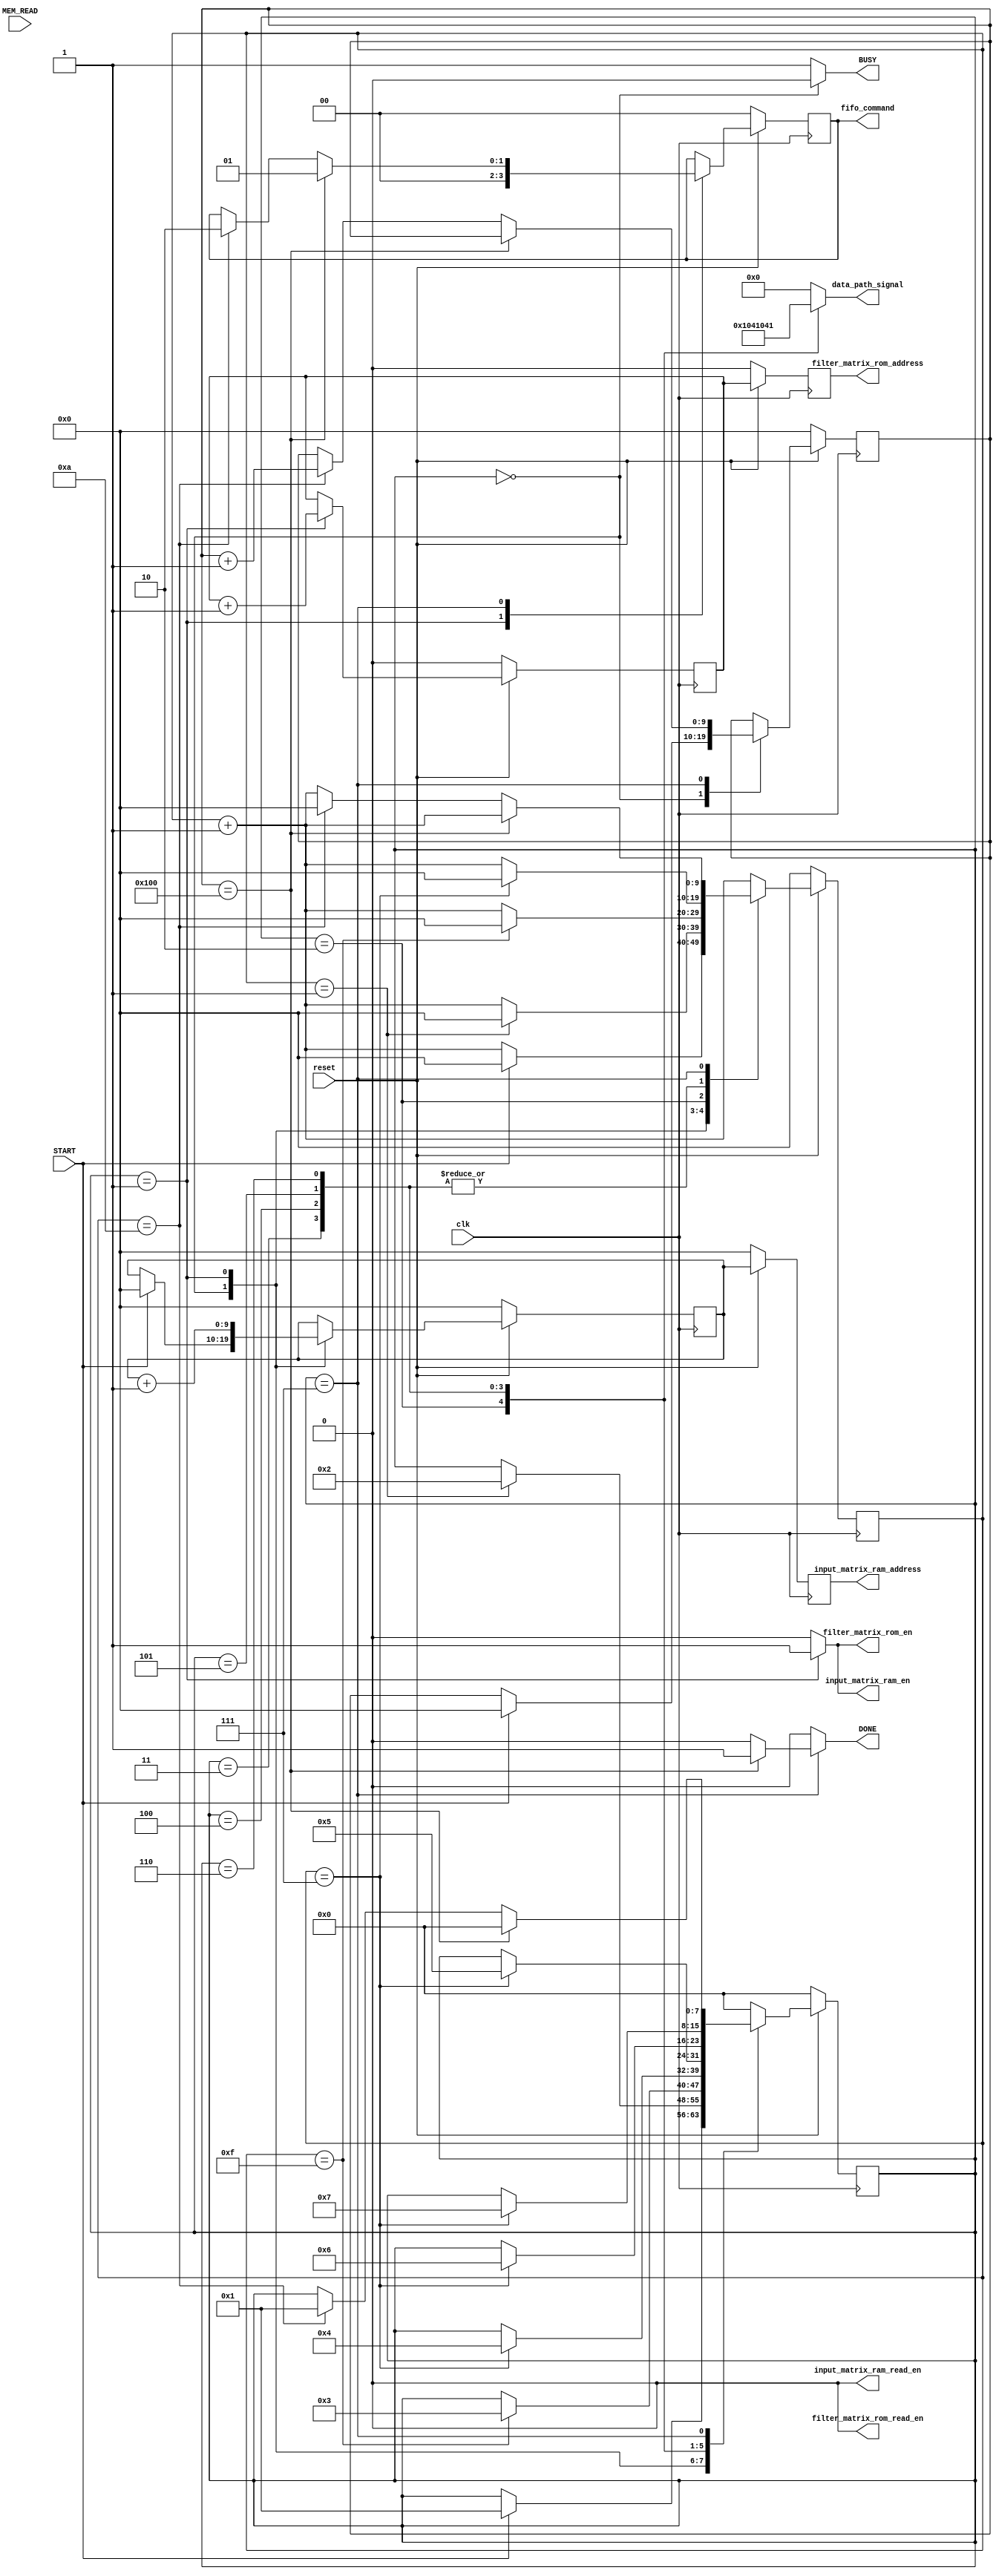
`timescale 1ns / 1ps
//////////////////////////////////////////////////////////////////////////////////
// Module Name: controller
/*  
Signal brief:
    Inputs : START  // comes from external pin - manual or microcontroller
            
             
    Output : status signals
                BUSY :: HIGH: : Indicates accelerator is busy 
                                No new computation must be allowed unless BUSY signal is deasserted.
            control signals:
                
        */

module controller(  
                    clk,
                    reset,  // ACTIVE LOW reset
                    START,
                    MEM_READ,         
                    BUSY,
                    DONE,
                    input_matrix_ram_en,
                    input_matrix_ram_read_en,
                    input_matrix_ram_address,
                    filter_matrix_rom_en,
                    filter_matrix_rom_read_en,
                    filter_matrix_rom_address,
                    data_path_signal,
                    fifo_command                             
    );
    
/// Port directions

input clk;
input reset;
input START;      
input MEM_READ;   
output reg BUSY;
output reg DONE;
output reg input_matrix_ram_en;
output reg input_matrix_ram_read_en;
output reg [9:0] input_matrix_ram_address;
output reg filter_matrix_rom_en;
output reg filter_matrix_rom_read_en;
output reg filter_matrix_rom_address;
output reg [4:0] data_path_signal;          // concatnation of signals which control different sections of datapath
output reg [1:0] fifo_command;

// Internal counters
parameter counter_size = 10;

reg [counter_size-1:0] count, count_next;
reg [counter_size-1:0] state_counter, state_counter_next; 
reg [9:0] w_input_matrix_ram_address, w_input_matrix_ram_address_next; 
reg w_filter_matrix_rom_address, w_filter_matrix_rom_address_next;
reg [1:0] w_fifo_command, w_fifo_command_next;
    
// State variables
   parameter STATE_SIZE = 8;
   parameter INIT = 8'd0,
             LOAD = 8'd1,
             MULT = 8'd2,
             L1_ADD = 8'd3,
             L2_ADD = 8'd4,
             L3_ADD = 8'd5,
             L4_ADD = 8'd6,
             MEM_STORE = 8'd7;
             
reg [STATE_SIZE-1: 0] current_state, next_state;

// Register update

always@(posedge clk)
    begin
    if(!reset) begin
        current_state <= INIT;
        
        count <= {counter_size{1'b0}};
        state_counter <= {counter_size{1'b0}};
        
        w_input_matrix_ram_address <= {10{1'b0}};
        w_filter_matrix_rom_address <= 1'b0;
        
        input_matrix_ram_address <= {10{1'b0}};
        filter_matrix_rom_address <= 1'b0; 
        
        w_fifo_command <= {2{1'b0}}; 
        end
        else
        begin
        current_state <= next_state;
        
        count <= count_next;
        state_counter <= state_counter_next;
        w_input_matrix_ram_address <= w_input_matrix_ram_address_next;
        w_filter_matrix_rom_address <= w_filter_matrix_rom_address_next;
        
        input_matrix_ram_address <= w_input_matrix_ram_address;
        filter_matrix_rom_address <= w_filter_matrix_rom_address;
        w_fifo_command <= w_fifo_command_next;
        end  
        end           
    
// State change logic starts here::::

always@(*)
begin
    // default values
    next_state = current_state;      // preserve current state
    
    count_next = count + 1;          // increment counter by 1
    state_counter_next = state_counter;    // For testing, I am updating this counter only when MEM_STORE state is reached. Will have to be reused 
   
    w_input_matrix_ram_address_next = w_input_matrix_ram_address;  // 
    w_filter_matrix_rom_address_next = w_filter_matrix_rom_address;    
    w_fifo_command_next <= w_fifo_command;
    
    
    DONE = 1'b0;
    
    case(current_state)
    
    INIT: if(START) begin
            next_state = LOAD;          // State change
            w_input_matrix_ram_address_next = {10{1'b0}}; /// Initial RAM address
            state_counter_next = {counter_size{1'b0}}; 
            count_next <= {counter_size{1'b0}}; 
          end  
    
    LOAD: begin
            w_filter_matrix_rom_address_next = w_filter_matrix_rom_address + 1 ; 
            w_input_matrix_ram_address_next = w_input_matrix_ram_address + 1;
            w_fifo_command_next <= {2{1'b0}};
            
            // Optimization candidate
            // count signal is used here to change states.
            
            if(count == 1) begin
            
            next_state <= MULT;                          // change state to MULT
            count_next = {counter_size{1'b0}};          // reset counter to 0s
           end 
           end
           
           
    MULT: 
            // Optimization candidate
            // Since at this moment, I have not selected the architecutre
            // of multiplier to be used, I am using internal counter value for state transition logic
            if(count == 15) begin
            next_state <= L1_ADD;
            count_next = {counter_size{1'b0}};
            end

    L1_ADD: if (count == 7)begin
            next_state = L2_ADD;
            count_next = {counter_size{1'b0}};
            end
            
    L2_ADD: if (count == 7)begin
            next_state = L3_ADD;
            count_next = {counter_size{1'b0}};
            end

    L3_ADD: if (count == 7)begin
            next_state = L4_ADD;
            count_next = {counter_size{1'b0}};
            end
    
    L4_ADD: if (count == 7)begin
            next_state = MEM_STORE;
            count_next = {counter_size{1'b0}};
            end


   MEM_STORE: // Optimization candidate -- Can be eliminated entirely
                // Total number of mem_store operations is decided by the 
                // size of the convoluted matrix.
                // Keeping it a fixed number of 256 for the sake of testing 
            if (state_counter == 256) begin
                next_state = INIT;
                DONE = 1'b1;
                w_fifo_command_next <= 2'b01;       // enable READ operation
                
                end
                else
                    begin
                        
                        if (count == 10)begin           // this is not required later on
                        next_state = LOAD;
                        state_counter_next = state_counter + 1; 
                        count_next = {counter_size{1'b0}};
                        w_fifo_command_next <= 2'b10;       // enable WRITE
                        end
                        end
                    
   default: next_state = INIT;
    endcase
end



/// State - dependent control signals


always@(*)
begin
    
    // default values
    BUSY <= 1'b1;
    
    // Input Matrix RAM signals
    input_matrix_ram_en = 1'b0;
    input_matrix_ram_read_en = 1'b0;
    
    // Filter Coefficient ROM signals
    filter_matrix_rom_en = 1'b0;
    filter_matrix_rom_read_en = 1'b0;  // Not used in this ROM from Xilinx
    
    // data_path control signals
    data_path_signal = 5'b00000;   
    
    // FIFO commands
    fifo_command = w_fifo_command; 
    
    // Value assignment logic
    case(current_state)
    
    INIT: begin
          BUSY <= 1'b0;
//          input_matrix_ram_en = 1'b0;
          end
          
    LOAD: 
           begin           
           input_matrix_ram_en = 1'b1;
           filter_matrix_rom_en = 1'b1;
           data_path_signal = 5'b00000;
           end  
    MULT:
            
           begin          
           data_path_signal = 5'b10000;          
           end           
    L1_ADD:
           begin
           data_path_signal = 5'b01000;
           end 
    L2_ADD:
           begin
           data_path_signal = 5'b00100;
           end 
    L3_ADD:
           begin
           data_path_signal = 5'b00010;
           end 
    L4_ADD:
           begin
           data_path_signal = 5'b00001;
           end 
    MEM_STORE:
           begin
           data_path_signal = 5'b00000;
           //// fifo_command will need to be made such that MEM_STORE can be eliminated 
           end              
    default : 
           begin
           data_path_signal = 5'b00000;   
           end                                                                      
    
    endcase
end

endmodule